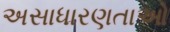
અસાધારણતાઓ